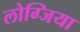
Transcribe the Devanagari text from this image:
लोग्जिया